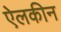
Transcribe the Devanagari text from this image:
ऐलकीन